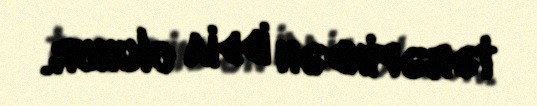
tərəfindən iddia olunur.